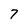
Character: 7